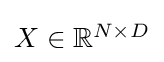
{\textstyle X\in \mathbb {R} ^{N\times D}}